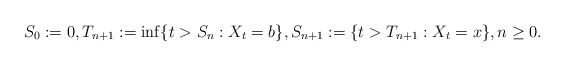
\begin{align*}S_0:=0,T_{n+1}:=\inf\{t>S_n:X_t=b\},S_{n+1}:=\{t>T_{n+1}: X_t=x\},n\geq 0. \end{align*}